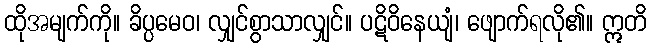
ထိုအမျက်ကို။ ခိပ္ပမေဝ၊ လျှင်စွာသာလျှင်။ ပဋိဝိနေယျံ၊ ဖျောက်ရလို၏။ ဣတိ